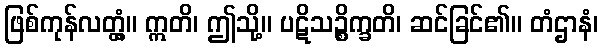
ဖြစ်ကုန်လတ္တံ့။ ဣတိ၊ ဤသို့။ ပဋိသဉ္စိက္ခတိ၊ ဆင်ခြင်၏။ တံဌာနံ၊